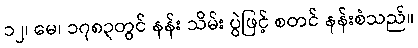
၁၂၊ မေ၊ ၁၇၈၃တွင် နန်း သိမ်း ပွဲဖြင့် စတင် နန်းစံသည်။